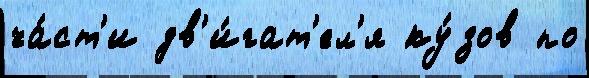
ча́ст'и дв'и́гат'ел'я ку́зов по